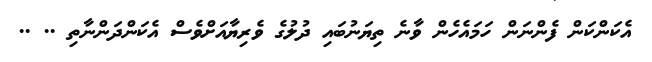
އެކަންކަން ފެންނަން ހަމައެހެން ވާނެ ތިޔަނުބައި ދުލުގެ ވެރިޔާއަށްވެސް އެކަންދަންނާތި .. ..